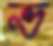
ভ